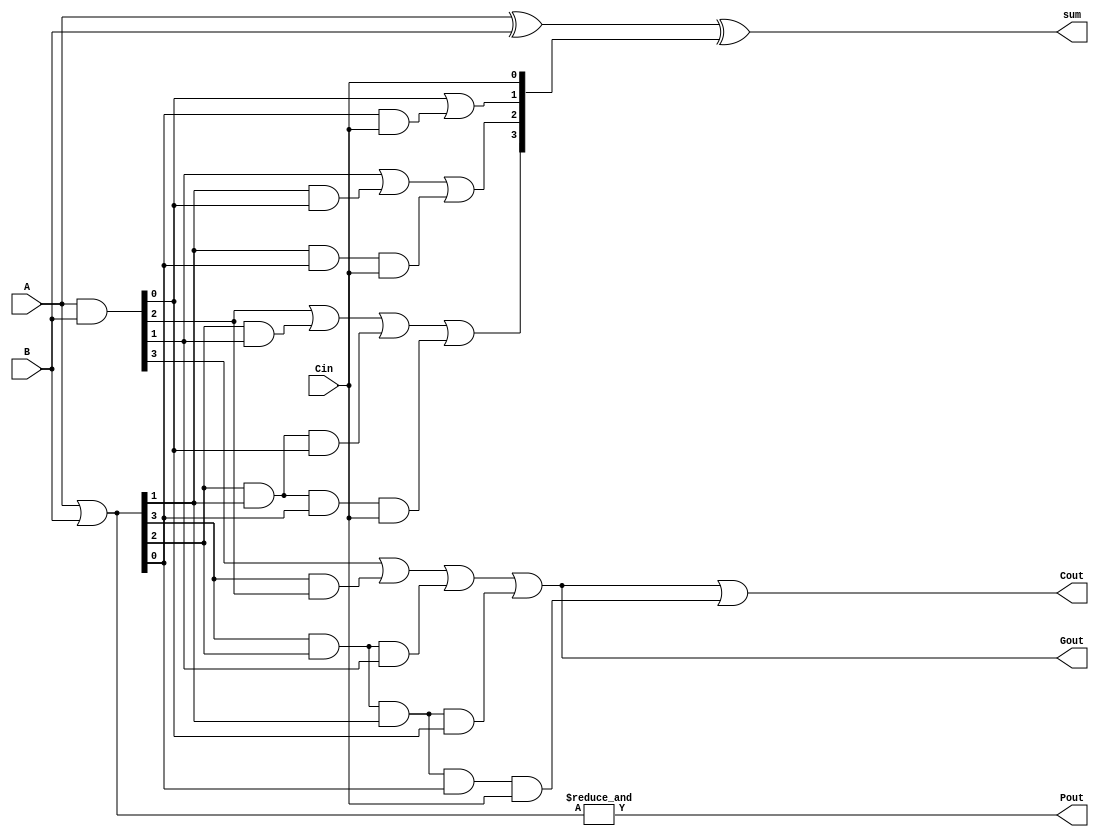
//********************************
//Owned by : nmohapatra@wisc.edu
//********************************


module cla4(A, B, Cin, sum, Cout, Pout, Gout);
  // --- Inputs ---
  input [3:0] A, B;
  input Cin;

  // --- Outputs ---
  output [3:0] sum;
  output Cout, Pout, Gout;

  // --- Wires ---
  wire [3:0] C, P, G;

  // --- Code ---
  // Prop
  assign P = A | B;
  assign Pout = &P;

  // Gen
  assign G = A & B;
  assign Gout = G[3] | (P[3] & G[2]) | (P[3] & P[2] & G[1]) | (P[3] & P[2] & P[1] & G[0]);

  // Carry
  assign C[0] = Cin;
  assign C[1] = G[0] | (P[0] & C[0]);
  assign C[2] = G[1] | (P[1] & G[0]) | (P[1] & P[0] & C[0]);
  assign C[3] = G[2] | (P[2] & G[1]) | (P[2] & P[1] & G[0]) | (P[2] & P[1] & P[0] & C[0]);
  assign Cout = G[3] | (P[3] & G[2]) | (P[3] & P[2] & G[1]) | (P[3] & P[2] & P[1] & G[0]) | (P[3] & P[2] & P[1] & P[0] & C[0]);

  // find sum
  assign sum = A ^ B ^ C;
endmodule